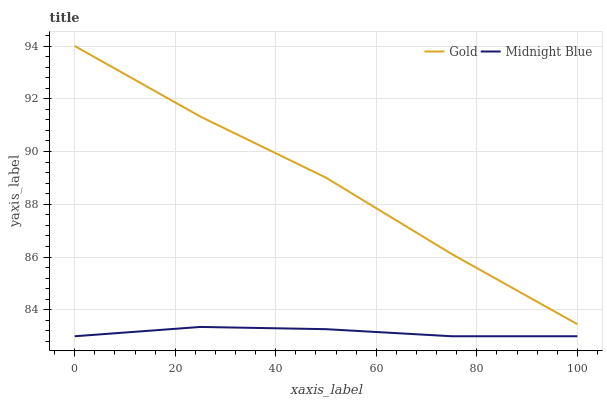
| xaxis_label | Gold | Midnight Blue |
 | --- | --- | --- |
 | 0 | 94 | 83 |
 | 25 | 91.3 | 83.4 |
 | 50 | 89 | 83.3 |
 | 75 | 86.1 | 83 |
 | 100 | 83.5 | 83 |